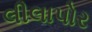
લીલાપોર